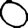
Digit: 0